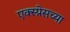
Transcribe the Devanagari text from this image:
एक्स्प्रेसच्या